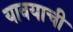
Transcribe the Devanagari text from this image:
यावयाची